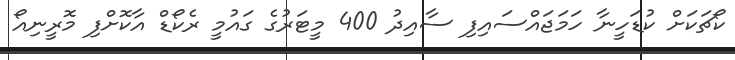
ކޯޗަކަށް ކުޑަހީނާ ހަމަޖައްސައިފި ސާއިދު 400 މީޓަރުގެ ގައުމީ ރެކޯޑް އާކޮށްފި މޮރީނިއޯ